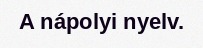
A nápolyi nyelv.